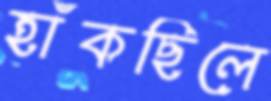
হাঁকছিলে